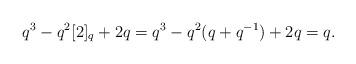
LaTeX: \begin{align*}q^{3} - q^{2}[2]_{q}+2q = q^{3} - q^{2}(q+q^{-1})+2q = q.\end{align*}